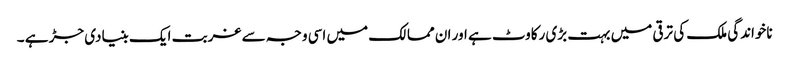
ناخواندگی ملک کی ترقی میں بہت بڑی رکاوٹ ہے اور ان ممالک میں اسی وجہ سے غربت ایک بنیادی جڑ ہے ۔